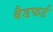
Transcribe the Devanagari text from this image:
बैडफर्ड